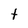
Character: t